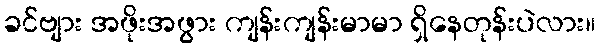
ခင်ဗျား အဖိုးအဖွား ကျန်းကျန်းမာမာ ရှိနေတုန်းပဲလား။